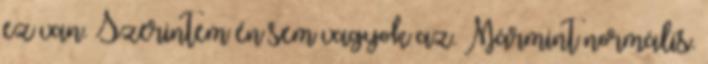
ez van. Szerintem én sem vagyok az. Mármint normális.